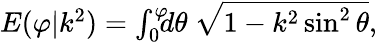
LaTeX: \begin{array}{r}{E(\varphi|k^{2})=\int_{0}^{\varphi}\! \! \! d\theta\ \sqrt{1-k^{2}\sin^{2}\theta},}\end{array}